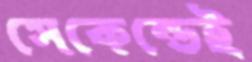
সেকেন্ডেই